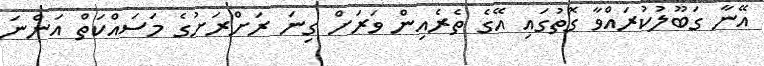
އޭނާ ގަބޫލުކުރައްވާ ގޮތުގައި އޭގެ ތެރެއިން ވަރަށް ގިނަ ރަށްރަށުގެ މަސައްކަތް އަންނަ